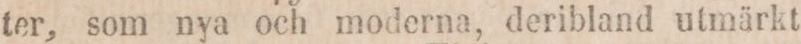
ter, som nya och moderna, deribland utmärkt